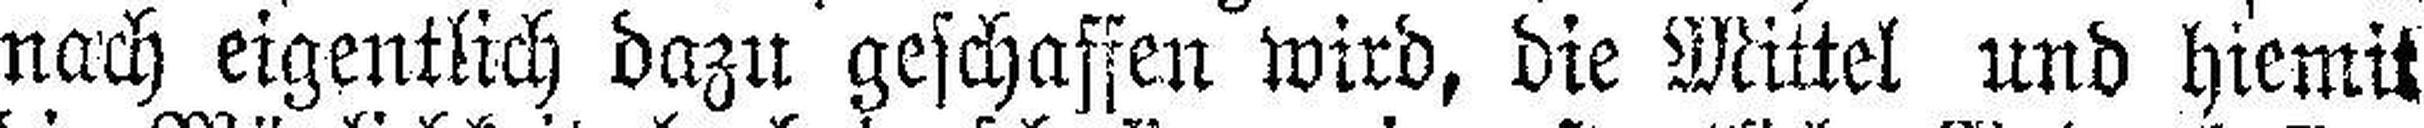
nach eigentlich dazu geschaffen wird, die Mittel und hiemit